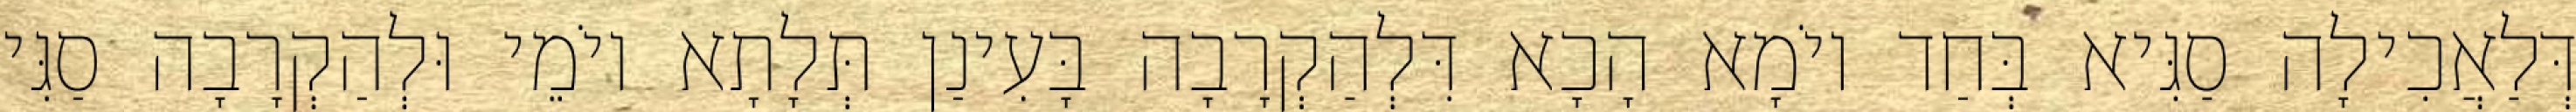
דְּלַאֲכִילָה סַגִּיא בְּחַד יוֹמָא הָכָא דִּלְהַקְרָבָה בָּעִינַן תְּלָתָא יוֹמֵי וּלְהַקְרָבָה סַגִּי